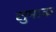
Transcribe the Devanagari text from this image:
सुमाक